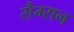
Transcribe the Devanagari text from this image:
सैम्सन